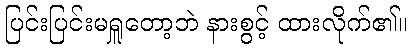
ပြင်းပြင်းမရှူတော့ဘဲ နားစွင့် ထားလိုက်၏။